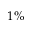
1 \%